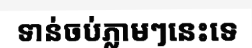
ទាន់ចប់ភ្លាមៗនេះទេ